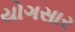
યોગસાર